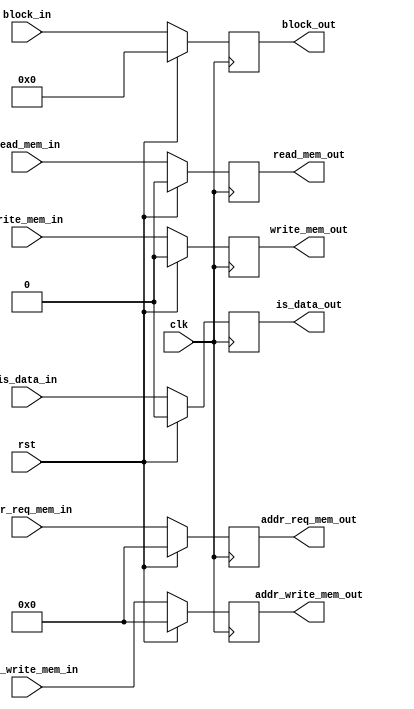
`timescale 1ns / 1ps
//////////////////////////////////////////////////////////////////////////////////
// Company: 
// Engineer: 
// 
// Design Name: 
// Module Name: Register_Pipe_Mem
// Project Name: 
// Target Devices: 
// Tool Versions: 
// Description: 
// 
// Dependencies: 
// 
// Revision:
// Revision 0.01 - File Created
// Additional Comments:
// 
//////////////////////////////////////////////////////////////////////////////////


module Register_Req_Mem_Data(
        clk,
        rst,
        is_data_in,
        read_mem_in,
        write_mem_in,
        addr_req_mem_in,
        addr_write_mem_in,
        block_in,
        read_mem_out,
        write_mem_out,
        addr_req_mem_out,
        addr_write_mem_out,
        block_out,
        is_data_out
    );
    
    parameter BITS_ADDR = 32;
    parameter BITS_DATA = 32;
    parameter BITS_ADDRESS_MEM = 27;
    parameter BITS_BLOCK = 128;
    
    input [BITS_ADDRESS_MEM-1:0] addr_req_mem_in, addr_write_mem_in;
    input [BITS_BLOCK-1:0] block_in;
    input clk, rst, read_mem_in, write_mem_in, is_data_in;
    
    output reg [BITS_ADDRESS_MEM-1:0] addr_req_mem_out, addr_write_mem_out;
    output reg [BITS_BLOCK-1:0] block_out;
    output reg read_mem_out, write_mem_out, is_data_out;    
    
    
    always @(posedge clk) begin
        if (~rst) begin
            addr_req_mem_out <= addr_req_mem_in;
            addr_write_mem_out <= addr_write_mem_in;
            block_out <= block_in;
            read_mem_out <= read_mem_in;
            write_mem_out <= write_mem_in;
            is_data_out <= is_data_in;
        end else begin
            addr_req_mem_out <= 0;
            addr_write_mem_out <= 0;
            block_out <= 0;
            read_mem_out <= 0;
            write_mem_out <= 0; 
            is_data_out <= 0;      
        end
    end

endmodule